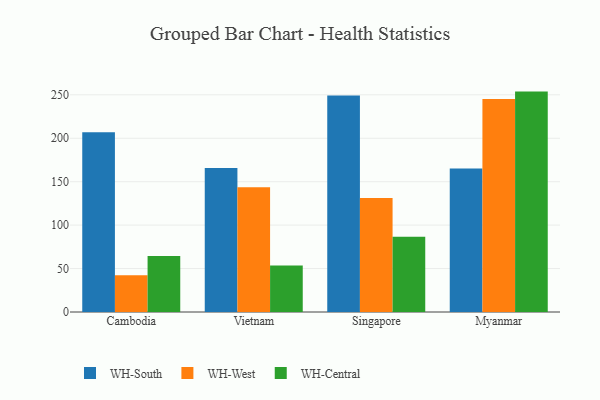
{"axis": {"x": "Country", "y": "LTV (USD)"}, "legend": ["WH-Central", "WH-South", "WH-West"], "data": [{"x": "Cambodia", "y": 207.0, "type": "WH-South"}, {"x": "Cambodia", "y": 42.2, "type": "WH-West"}, {"x": "Cambodia", "y": 64.6, "type": "WH-Central"}, {"x": "Vietnam", "y": 165.8, "type": "WH-South"}, {"x": "Vietnam", "y": 143.5, "type": "WH-West"}, {"x": "Vietnam", "y": 53.5, "type": "WH-Central"}, {"x": "Singapore", "y": 249.1, "type": "WH-South"}, {"x": "Singapore", "y": 131.1, "type": "WH-West"}, {"x": "Singapore", "y": 86.7, "type": "WH-Central"}, {"x": "Myanmar", "y": 165.3, "type": "WH-South"}, {"x": "Myanmar", "y": 245.1, "type": "WH-West"}, {"x": "Myanmar", "y": 253.7, "type": "WH-Central"}]}